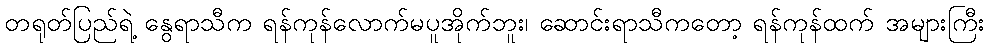
တရုတ်ပြည်ရဲ့ နွေရာသီက ရန်ကုန်လောက်မပူအိုက်ဘူး၊ ဆောင်းရာသီကတော့ ရန်ကုန်ထက် အများကြီး